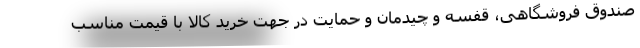
صندوق فروشگاهی، قفسه و چیدمان و حمایت در جهت خرید کالا با قیمت مناسب